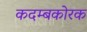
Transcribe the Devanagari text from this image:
कदम्बकोरक